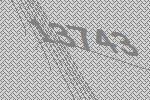
13743